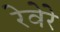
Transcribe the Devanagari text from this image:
रेवेरे